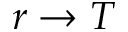
r \to T